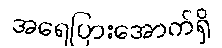
အရေပြားအောက်ရှိ